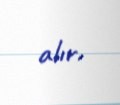
alır.